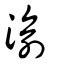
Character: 渝